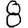
Digit: 8